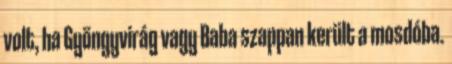
volt, ha Gyöngyvirág vagy Baba szappan került a mosdóba.